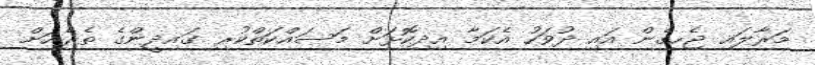
މަރާލައި ޖެހިގެން އައި ދުވަހު އެކަމާ އިދިކޮޅަށް މަސައްކަތްކުރި ގައިދީންގެ ތެރެއަށް